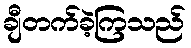
ချီတက်ခဲ့ကြသည်